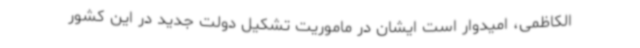
الکاظمی، امیدوار است ایشان در ماموریت تشکیل دولت جدید در این کشور